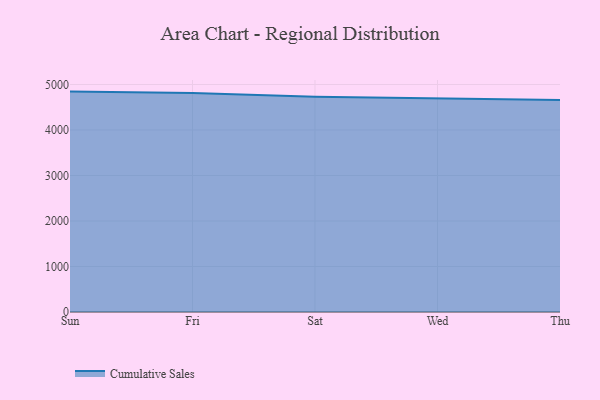
{"axis": {"x": "Day", "y": "Revenue (USD Million)"}, "legend": ["Cumulative Sales"], "data": [{"x": "Sun", "y": 4843.3, "type": "Cumulative Sales"}, {"x": "Fri", "y": 4811.8, "type": "Cumulative Sales"}, {"x": "Sat", "y": 4729.6, "type": "Cumulative Sales"}, {"x": "Wed", "y": 4694.8, "type": "Cumulative Sales"}, {"x": "Thu", "y": 4660.3, "type": "Cumulative Sales"}]}